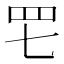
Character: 𦉱